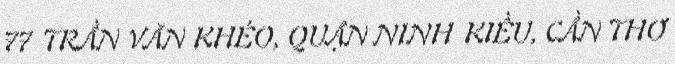
77 TRẦN VĂN KHÉO, QUẬN NINH KIỀU, CẦN THƠ